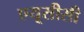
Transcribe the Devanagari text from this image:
एयूसीसी